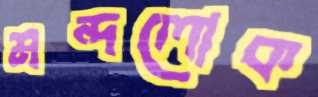
মন্দলোক